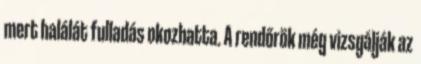
mert halálát fulladás okozhatta. A rendőrök még vizsgálják az